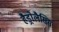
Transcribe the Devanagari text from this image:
हैड्रोलैसिस